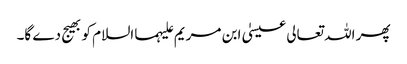
پھر اللہ تعالی عیسیٰ ابن مریم علیہما السلام کو بھیج دے گا۔